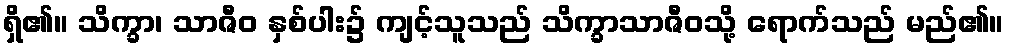
ရှိ၏။ သိက္ခာ၊ သာဇီဝ နှစ်ပါး၌ ကျင့်သူသည် သိက္ခာသာဇီဝသို့ ရောက်သည် မည်၏။